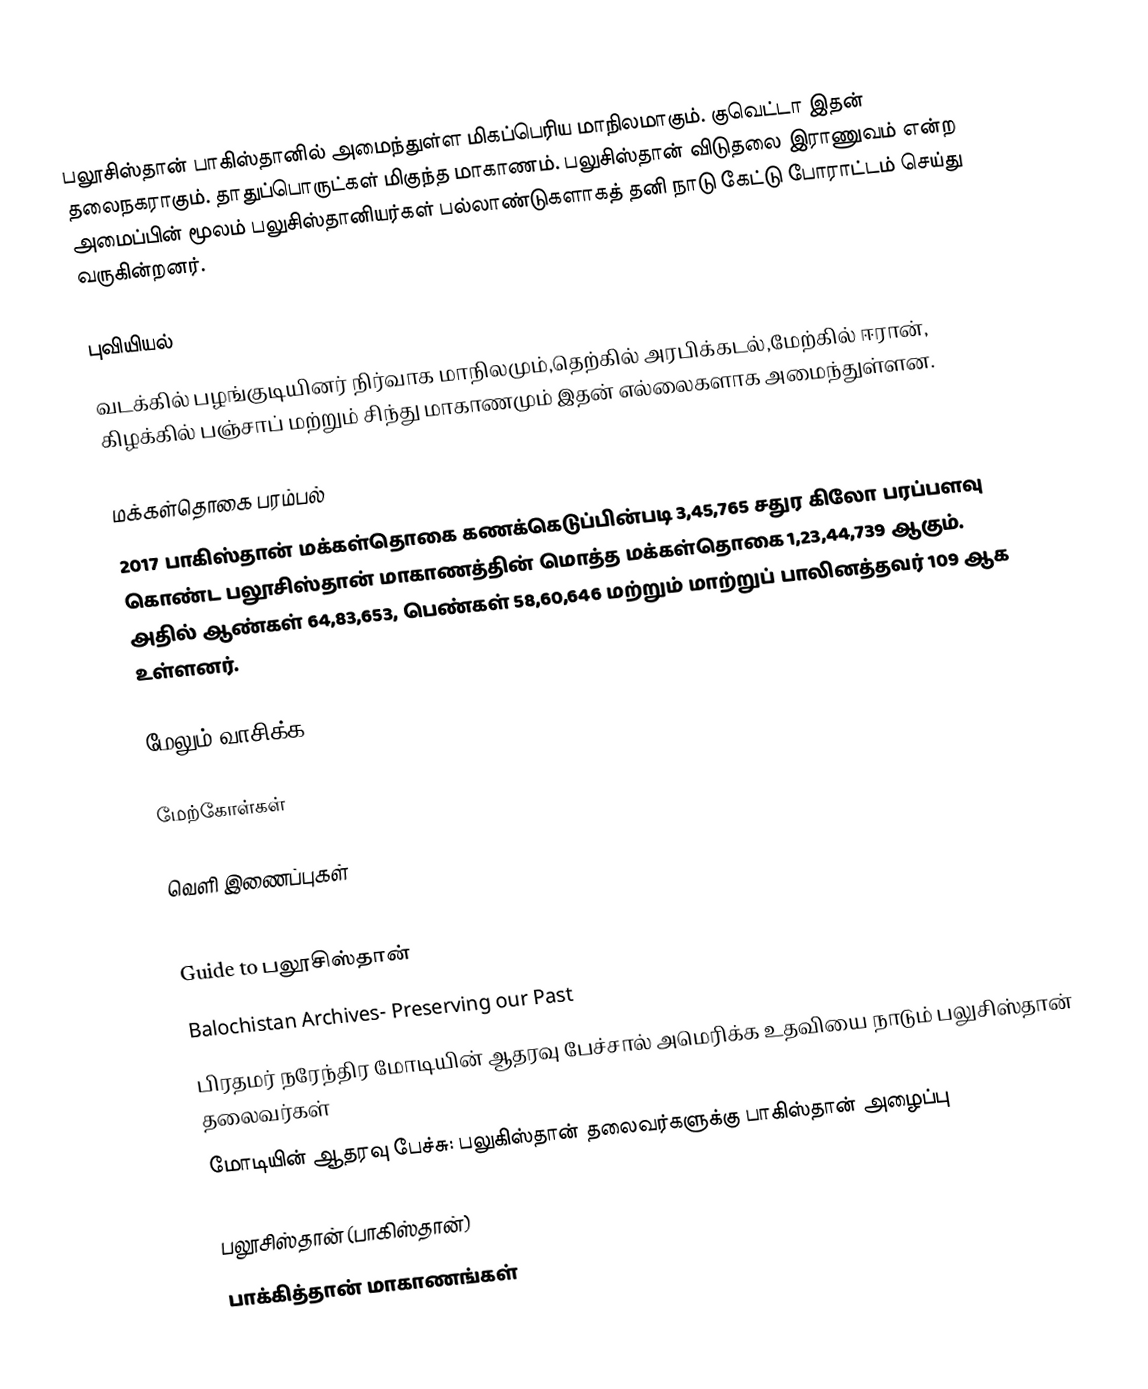
பலூசிஸ்தான் பாகிஸ்தானில் அமைந்துள்ள மிகப்பெரிய மாநிலமாகும். குவெட்டா இதன் தலைநகராகும். தாதுப்பொருட்கள் மிகுந்த மாகாணம். பலுசிஸ்தான் விடுதலை இராணுவம் என்ற அமைப்பின் மூலம் பலுசிஸ்தானியர்கள் பல்லாண்டுகளாகத் தனி நாடு கேட்டு போராட்டம் செய்து வருகின்றனர்.

புவியியல்
வடக்கில் பழங்குடியினர் நிர்வாக மாநிலமும்,தெற்கில் அரபிக்கடல்,மேற்கில் ஈரான், கிழக்கில் பஞ்சாப் மற்றும் சிந்து மாகாணமும் இதன் எல்லைகளாக அமைந்துள்ளன.

மக்கள்தொகை பரம்பல்
2017 பாகிஸ்தான் மக்கள்தொகை கணக்கெடுப்பின்படி  3,45,765 சதுர கிலோ பரப்பளவு கொண்ட பலூசிஸ்தான் மாகாணத்தின் மொத்த மக்கள்தொகை   1,23,44,739 ஆகும். அதில் ஆண்கள் 64,83,653, பெண்கள் 58,60,646 மற்றும் மாற்றுப் பாலினத்தவர் 109 ஆக உள்ளனர்.

மேலும் வாசிக்க

மேற்கோள்கள்

வெளி இணைப்புகள்

 Guide to பலூசிஸ்தான்
 Balochistan Archives- Preserving our Past
 பிரதமர் நரேந்திர மோடியின் ஆதரவு பேச்சால் அமெரிக்க உதவியை நாடும் பலுசிஸ்தான் தலைவர்கள்
 மோடியின் ஆதரவு பேச்சு: பலுகிஸ்தான் தலைவர்களுக்கு பாகிஸ்தான் அழைப்பு

பலூசிஸ்தான் (பாகிஸ்தான்)
பாக்கித்தான் மாகாணங்கள்